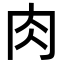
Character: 肉